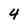
Character: 4